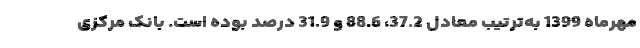
مهرماه 1399 به‌ترتیب معادل 37.2، 88.6 و 31.9 درصد بوده است. بانک مرکزی